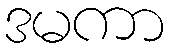
ဒမကာ